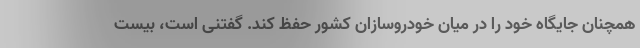
همچنان جایگاه خود را در میان خودروسازان کشور حفظ کند. گفتنی است، بیست